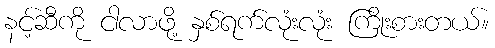
နင့်ဆီကို ငါလာဖို့ နှစ်ရက်လုံးလုံး ကြိုးစားတယ်။